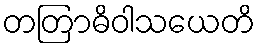
တတြာဓိဝါသယေတိ